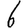
Digit: 6